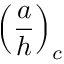
\left( \frac { a } { h } \right) _ { c }